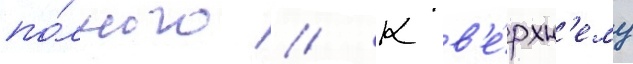
по́лного // К в'е́рхн'ему